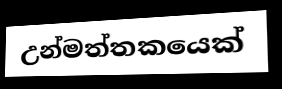
උන්මත්තකයෙක්